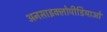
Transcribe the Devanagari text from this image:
अनसाइक्लोपीडियाओं